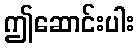
ဤဆောင်းပါး